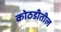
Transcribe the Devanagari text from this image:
कोठडीतील